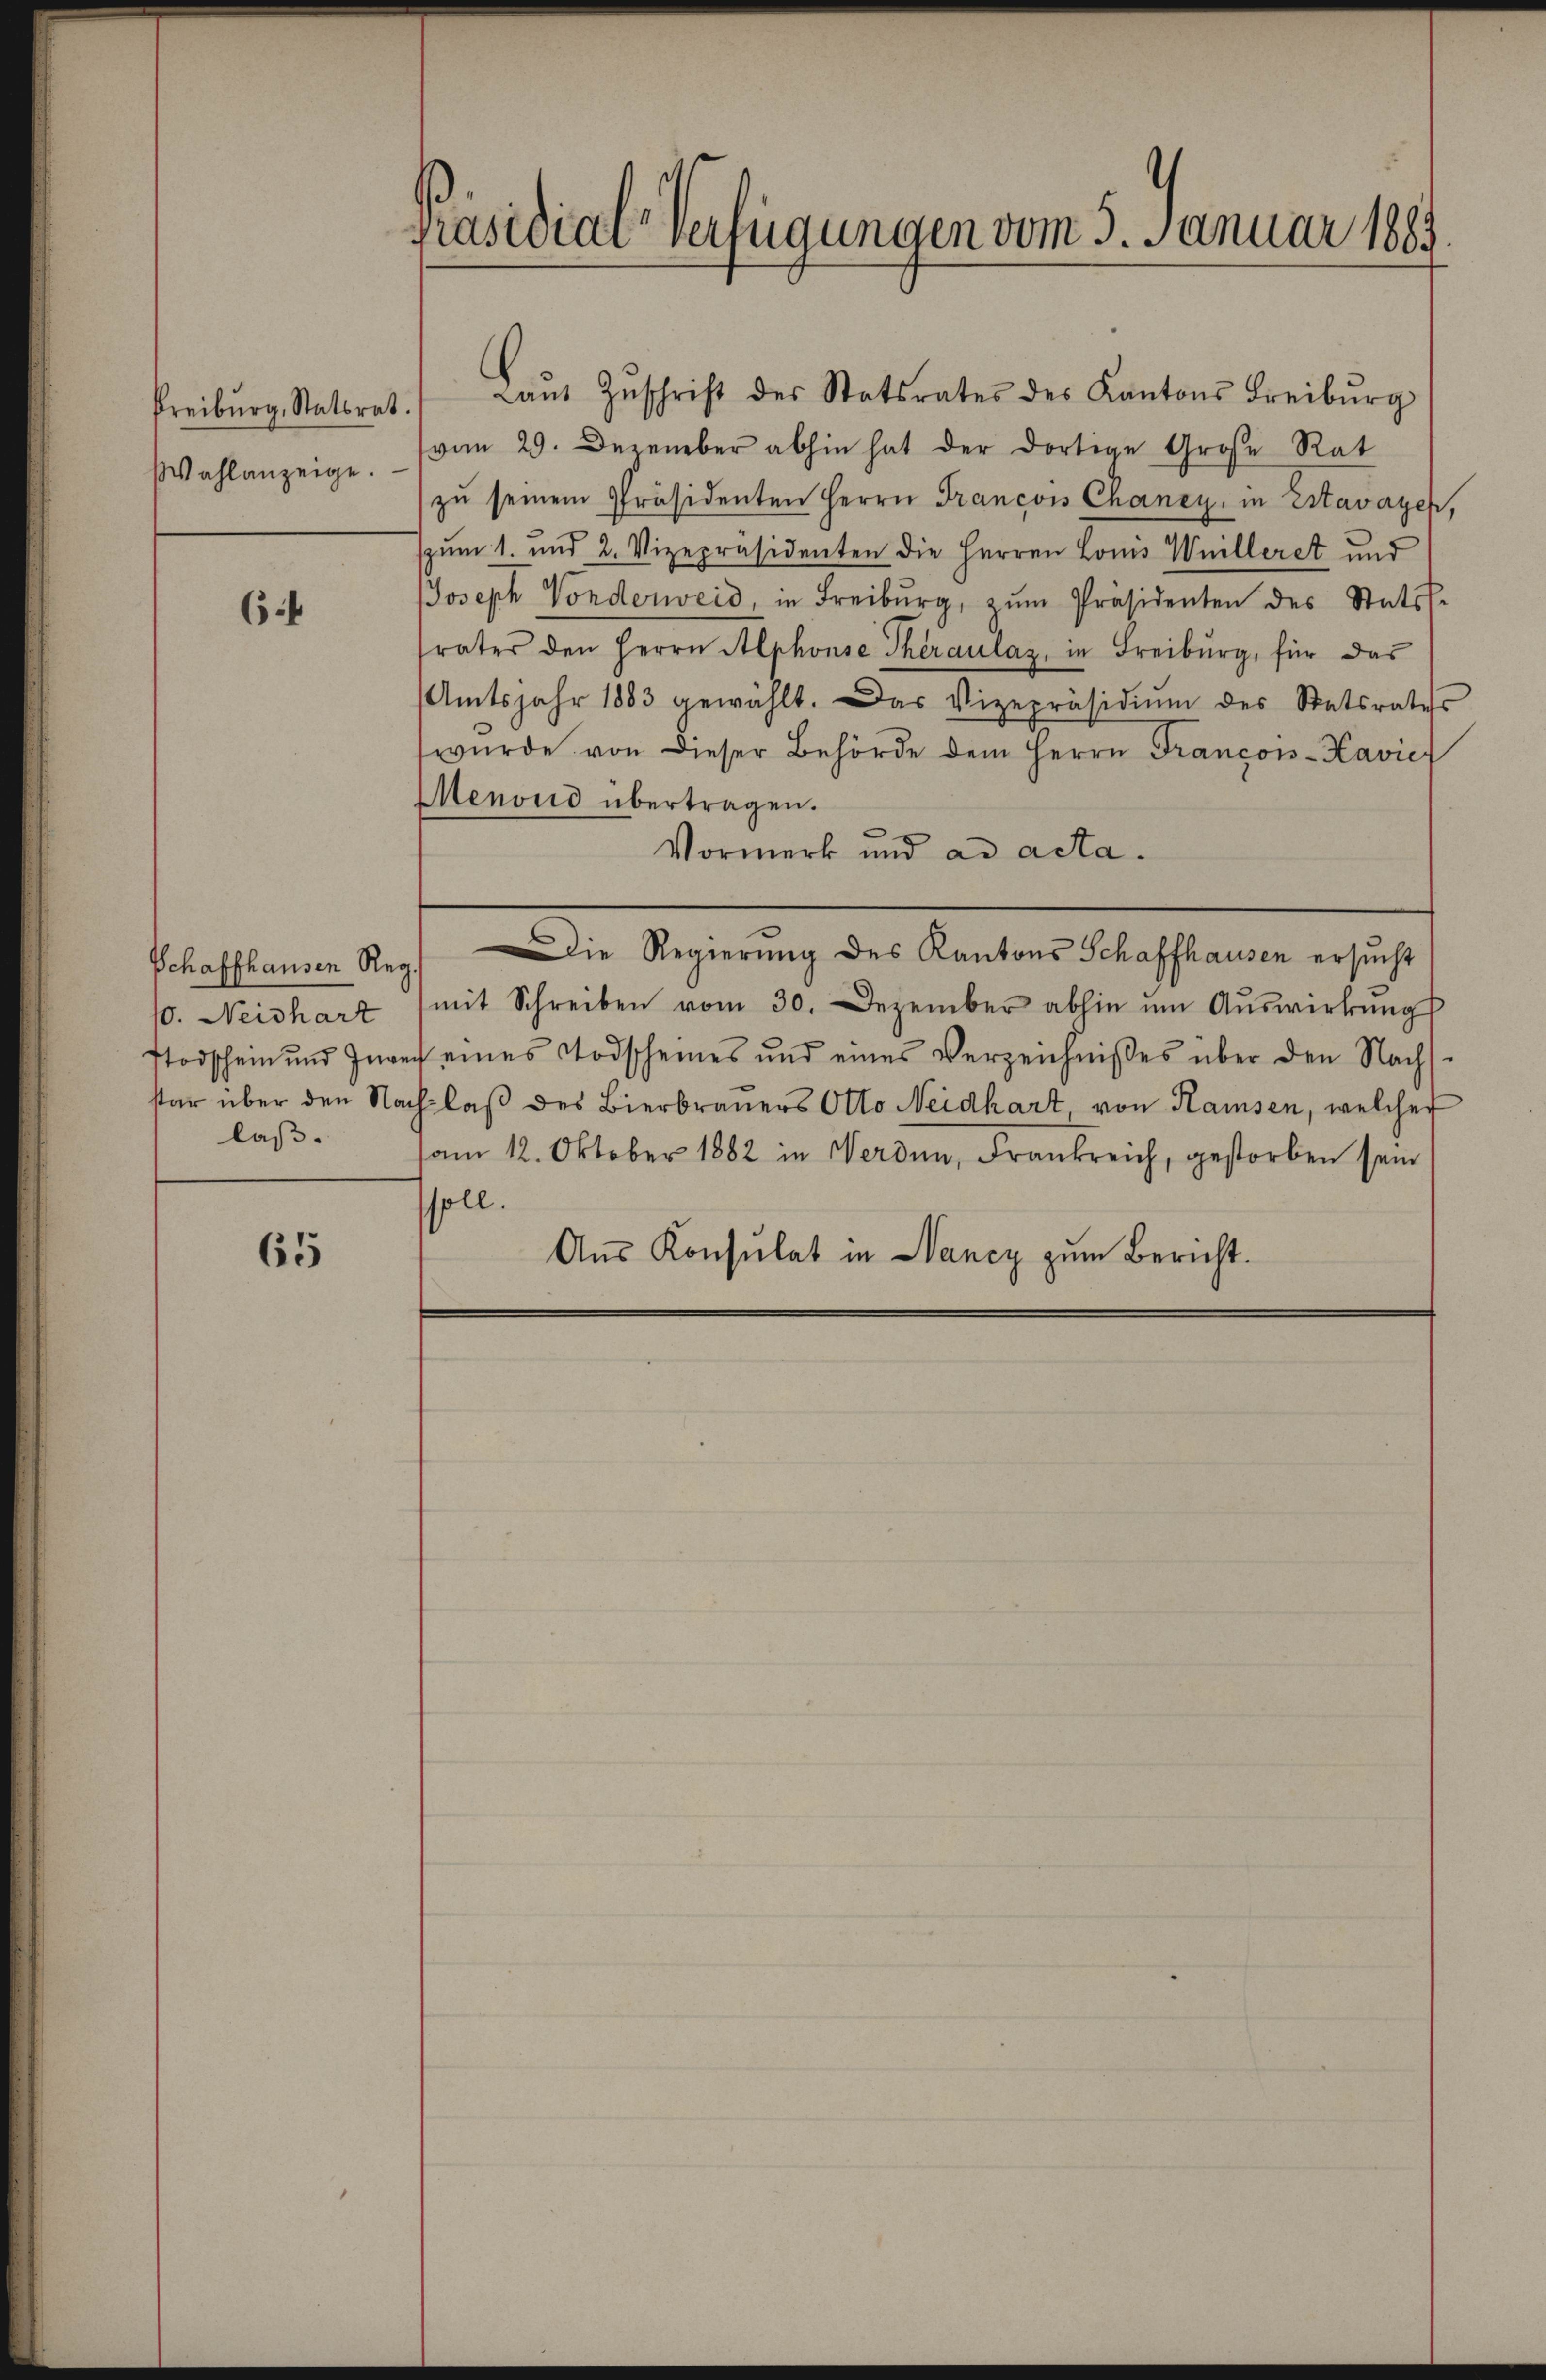
Freiburg, Statsrat
Wahlanzeige.

6

10. Neishart
laß.

65

Präsidial-Verfügungen vom 5. Januar 1889

Laŭt Zŭschrift des Statsrates des Kantons Freiburg
vom 29. Dezember abhin hat der dortige Große Rat
zŭ seinem Präsidenten Herrn Francois Chancy, in Estavayer,
spum 1. und 2. Vizepräsidenten die Herren Louis Weilleret und
Joseph Vorderweid, in Freiburg, zŭm Präsidenten des Stats-
srater den Herrn Alphonse Theraulaz, in Freiburg, für das
Amtsjahr 1883 gewählt. Das Vizepräsidiŭm des Statsrates
wŭrde von dieser Behörde dem Herrn Francois-Kavier
Menoud übertragen.
Vormerk und ad acta.
Schaffhausen Reg. Die Regierung des Kantons Schaffhausen ersucht
mit Schreiben vom 30. Dezember abhin ŭm Aŭswirkungs
Todschein und Inner eines Todscheines und eines Verzeichnißes über den Nach
star über den Nachlaβ des Bierbrauers Otto Neidhart, von Kaisen, welcher
am 12. Oktober 1882 in Werden, Frankreich, gestorben sein
soll.
Aus Konsulat in Nancy zum Bericht.